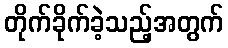
တိုက်ခိုက်ခဲ့သည့်အတွက်